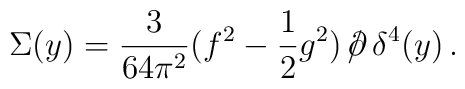
\Sigma(y)=\frac{3}{64\pi^2}(f^2-\frac{1}{2}g^2)\,/\hspace{-2mm}\partial\,\delta^4(y) \, .